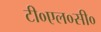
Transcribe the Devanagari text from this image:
टी०एल०सी०